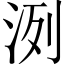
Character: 洌